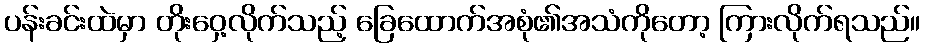
ပန်းခင်းထဲမှာ တိုးဝှေ့လိုက်သည့် ခြေထောက်အစုံ၏အသံကိုတော့ ကြားလိုက်ရသည်။